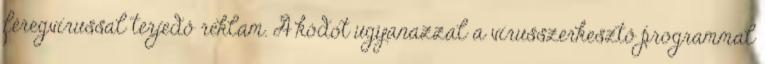
féregvírussal terjedő reklám. A kódot ugyanazzal a vírusszerkesztő programmal